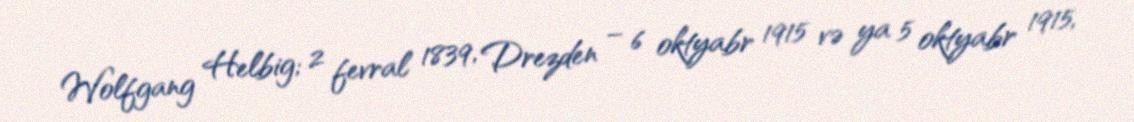
Wolfgang Helbig; 2 fevral 1839, Drezden – 6 oktyabr 1915 və ya 5 oktyabr 1915,